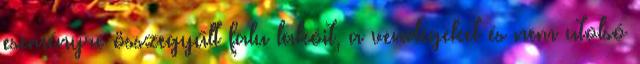
eseményre összegyűlt falu lakóit, a vendégeket és nem utolsó